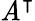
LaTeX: \mathit{A}^{\intercal}